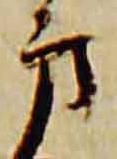
方